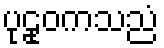
ပုဠုဝကသညံ